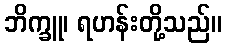
ဘိက္ခူ၊ ရဟန်းတို့သည်။